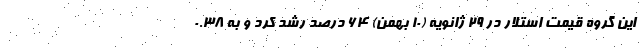
این گروه قیمت استلار در ۲۹ ژانویه (۱۰ بهمن) ۶۴ درصد رشد کرد و به ۰.۳۸